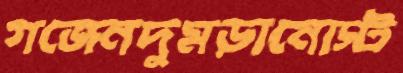
গজেনদুমড়ানোস্ট